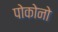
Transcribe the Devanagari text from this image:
पोकोनो